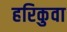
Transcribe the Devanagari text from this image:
हरिकुवा